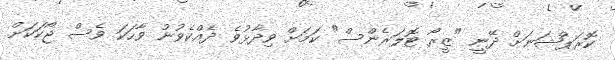
ކޮރަޕްޝަނަށް ދޭނީ "ޒީރޯ ޓޮލަރެންސް" ކަމަށް ވިދާޅުވެ ދެއްކެވުނު ވާހަކަ ވެސް ޖޯކަކަށް